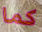
كما